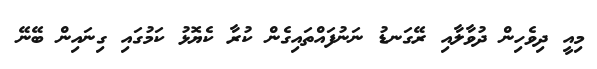
މިއީ ދިވެހިން ދުވާލާއި ރޭގަނޑު ނަނުފައްތައިގެން ކުރާ ކެޔޮޅު ކަމުގައި ގިނައިން ބޭނޭ